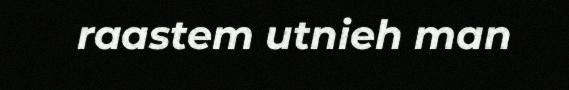
raastem utnieh man